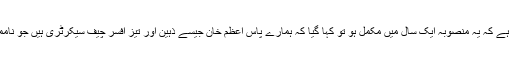
ہم کہا کرتے تھے کہ پختونخوا حکومت کو کپیسٹی کے مسئلے کا بھی سامنا ہے اور مشکل ہے کہ یہ منصوبہ ایک سال میں مکمل ہو تو کہا گیا کہ ہمارے پاس اعظم خان جیسے ذہین اور تیز افسر چیف سیکرٹری ہیں جو ناممکن کو ممکن بنا سکتے ہیں اور چھ ماہ کے اندر اندر بی آرٹی پر بسیں دوڑتی نظر آئیں گی۔